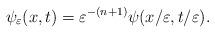
LaTeX: \begin{align*}\psi_\varepsilon(x,t)=\varepsilon^{-(n+1)}\psi(x/\varepsilon,t/\varepsilon).\end{align*}